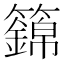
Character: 𥷏